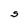
Character: S